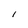
Character: i